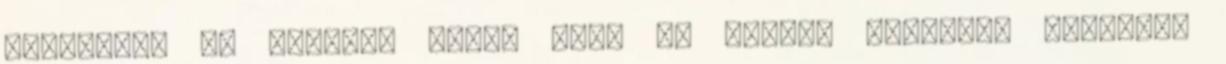
testvérek és nővérek által kért és kapott kegyelmi esemény,